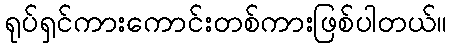
ရုပ်ရှင်ကားကောင်းတစ်ကားဖြစ်ပါတယ်။